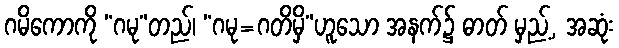
ဂမိကောကို “ဂမု”တည်၊ “ဂမု=ဂတိမှိ”ဟူသော အနက်၌ ဓာတ် မှည့်, အဆုံး